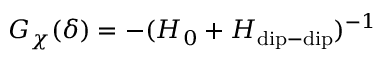
G _ { \chi } ( \delta ) = - ( H _ { 0 } + H _ { \mathrm { d i p - d i p } } ) ^ { - 1 }